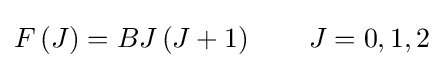
F\left(J\right)=BJ\left(J+1\right)\qquad J=0,1,2